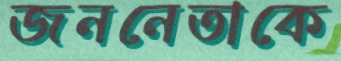
জননেতাকে